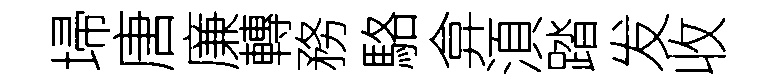
埽唐廉轉務駱弇湏踏发收